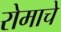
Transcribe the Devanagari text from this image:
रोमाचे